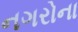
નગરોના